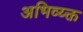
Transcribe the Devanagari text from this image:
अभिव्य्क्त